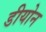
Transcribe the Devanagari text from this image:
डीयोन